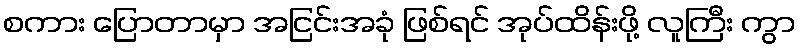
စကား ပြောတာမှာ အငြင်းအခုံ ဖြစ်ရင် အုပ်ထိန်းဖို့ လူကြီး ကွာ